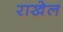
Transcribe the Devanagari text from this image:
राखेल